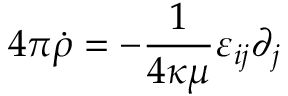
4 \pi \dot { \rho } = - { \frac { 1 } { 4 \kappa \mu } } \varepsilon _ { i j } \partial _ { j }